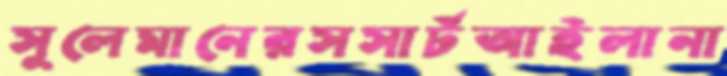
সুলেমানেরসসার্টআইলানা